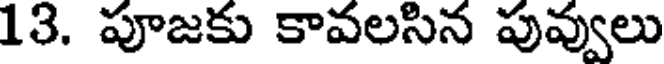
13. పూజకు కావలసిన పువ్వులు